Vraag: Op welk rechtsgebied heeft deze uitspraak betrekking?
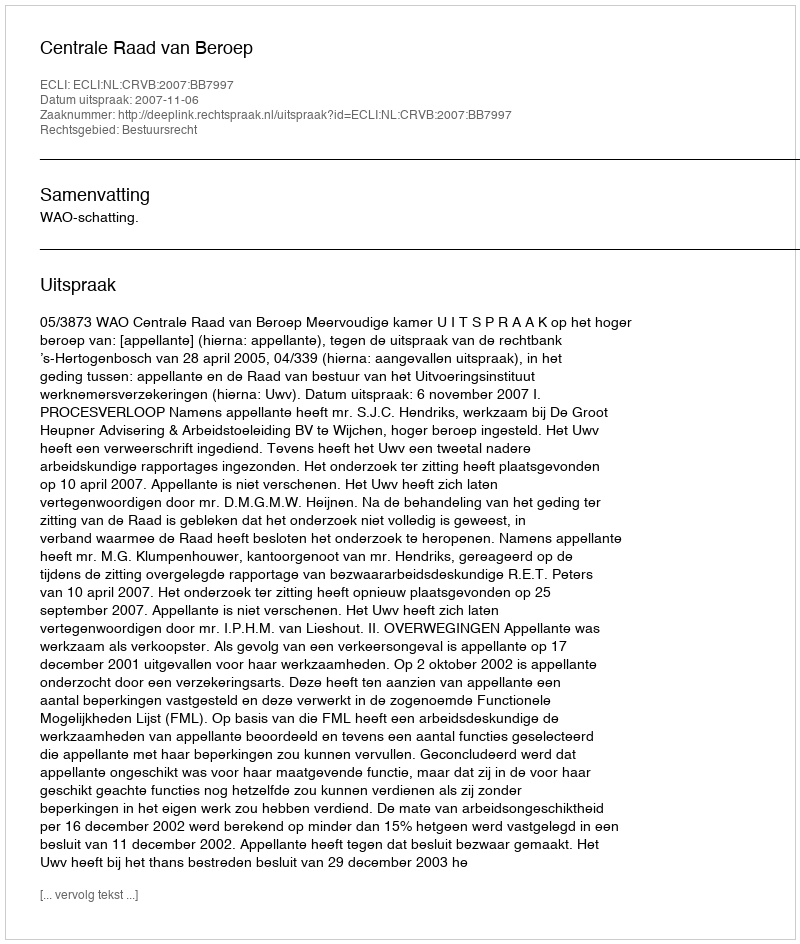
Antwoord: Bestuursrecht